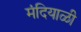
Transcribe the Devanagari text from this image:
मंदियाळी